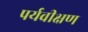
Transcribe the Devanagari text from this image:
पर्यवीक्षण